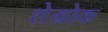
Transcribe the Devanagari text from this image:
शेम्रोक